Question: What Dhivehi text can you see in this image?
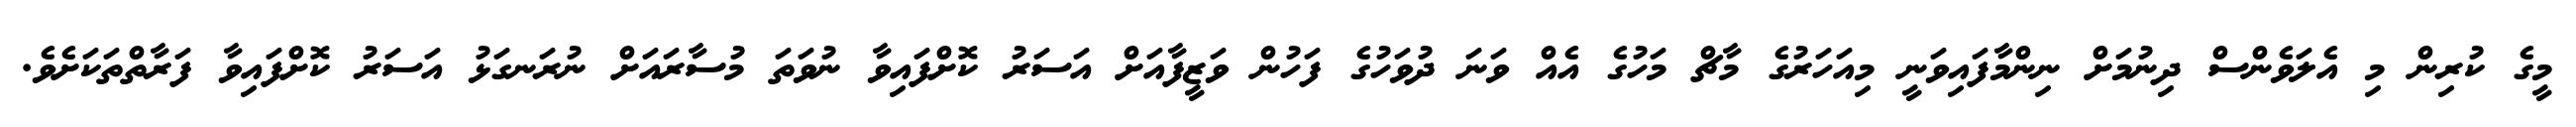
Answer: މީގެ ކުރިން މި އެލަވެންސް ދިނުމަށް ނިންމާފައިވަނީ މިއަހަރުގެ މާޗް މަހުގެ އެއް ވަނަ ދުވަހުގެ ފަހުން ވަޒީފާއަށް އަސަރު ކޮށްފައިވާ ނުވަތަ މުސާރައަށް ނުރަނގަޅު އަސަރު ކޮށްފައިވާ ފަރާތްތަކަށެވެ.